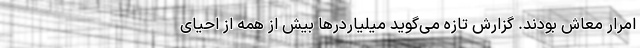
امرار معاش بودند. گزارش تازه می‌گوید میلیاردرها بیش از همه از احیای